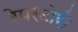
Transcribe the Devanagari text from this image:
रेपरटोरी